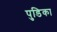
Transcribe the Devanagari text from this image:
पुडिका